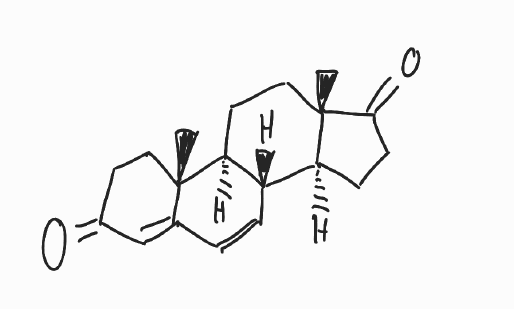
Simplified molecular-input line-entry system (SMILES) notation of the given molecule:
C[C@]12CC[C@H]3[C@H]([C@@H]1CCC2=O)C=CC4=CC(=O)CC[C@]34C